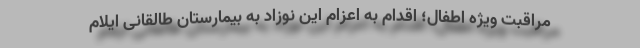
مراقبت ویژه اطفال؛ اقدام به اعزام این نوزاد به بیمارستان طالقانی ایلام